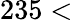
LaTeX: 235<